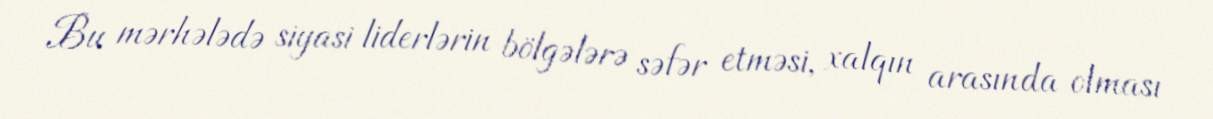
Bu mərhələdə siyasi liderlərin bölgələrə səfər etməsi, xalqın arasında olması